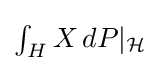
{\textstyle \int _{H}X\,dP|_{\mathcal {H}}}